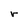
Character: r